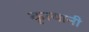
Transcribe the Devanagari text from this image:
कृत्यानी